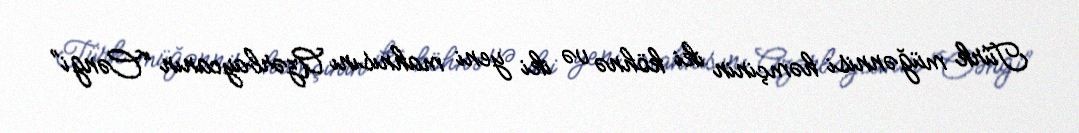
Türk müğənnisi həmçinin iki köhnə və iki yeni mahnısını Azərbaycanın “Cəngi”